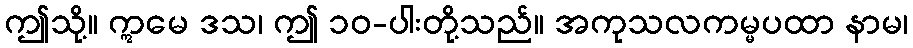
ဤသို့။ ဣမေ ဒသ၊ ဤ ၁၀-ပါးတို့သည်။ အကုသလကမ္မပထာ နာမ၊